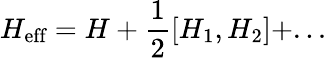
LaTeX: H_{\textrm{eff}}=H+\frac{1}{2}[H_{1},H_{2}]+...